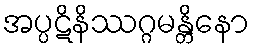
အပ္ပဋိနိဿဂ္ဂမန္တိနော